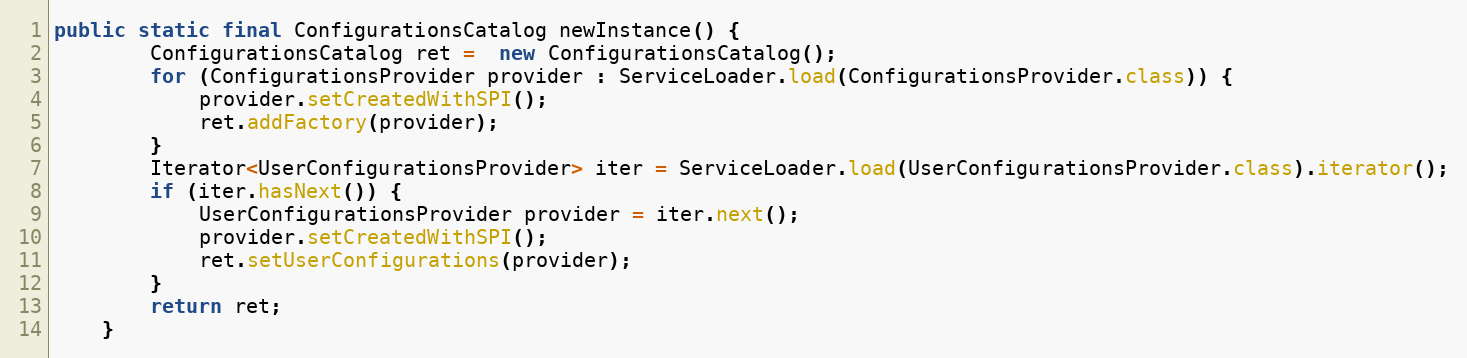
Language: Java
public static final ConfigurationsCatalog newInstance() {
		ConfigurationsCatalog ret =  new ConfigurationsCatalog();
		for (ConfigurationsProvider provider : ServiceLoader.load(ConfigurationsProvider.class)) {
			provider.setCreatedWithSPI();
			ret.addFactory(provider);
		}
		Iterator<UserConfigurationsProvider> iter = ServiceLoader.load(UserConfigurationsProvider.class).iterator();
		if (iter.hasNext()) {
			UserConfigurationsProvider provider = iter.next();
			provider.setCreatedWithSPI();
			ret.setUserConfigurations(provider);
		}
		return ret;
	}